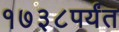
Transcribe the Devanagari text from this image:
१७३८पर्यंत